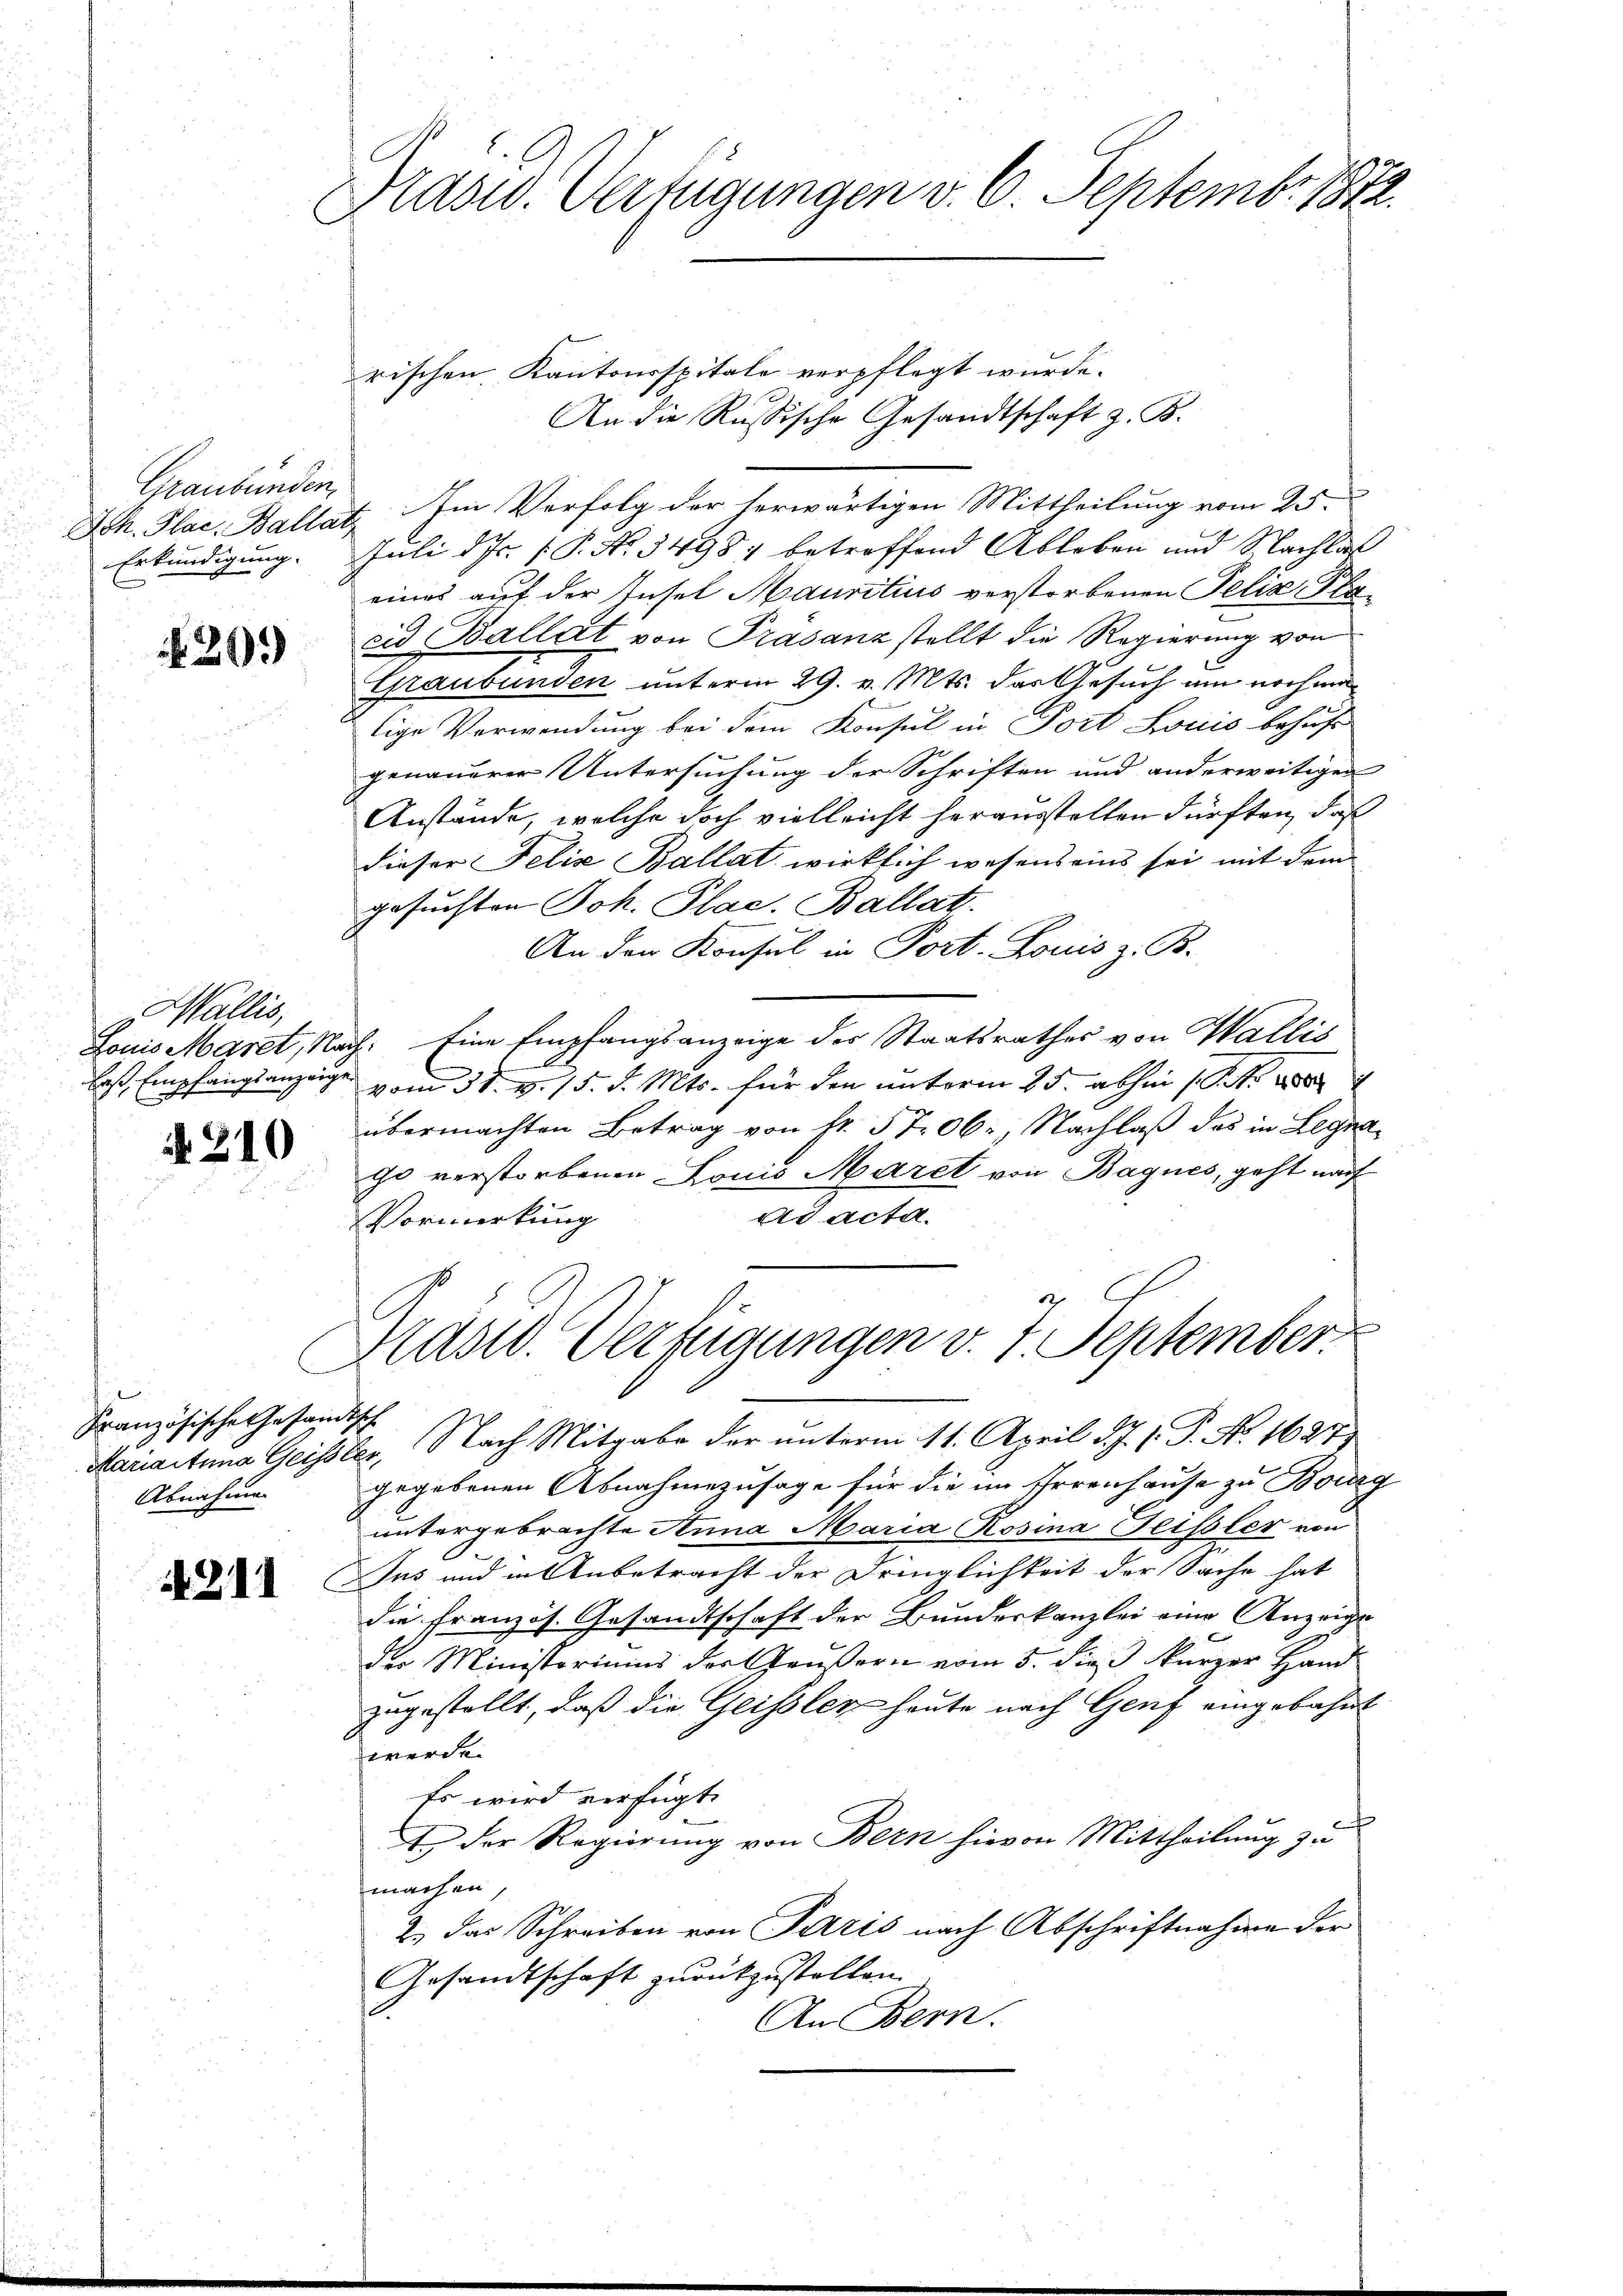
Graubünden,
Ich. Plac. Balla
Erkundigung.

N 20.

Wallis,
Louis Maret, Nac
baß, Empfangsanzeuge

N 310

C
Französische Gesam
Mariaitung Geisse
Abnahme.

1211

Prasw. Verfügungen v. 6. Septemb. 1872.
e

rischen Kantonsspitale verpflegt wurde.
An die Russische Gesandtschaft z. B.
Im Verfolg der herwärtigen Mittheilung vom 25.
Juli d. Js. P. No. 3498 betreffend Ableben und Nachlaß
eines auf der Insel Mauritius verstorbenen Pelia, Placid Ballat von Prasanz stellt die Regierung von
Graubünden unterm 29. v. Mts. das Gesuch um nochmab
tige Verwendung bei dem Konsul in Port Louis behuf
genauerer Untersuchung der Schriften und anderweitigen
Anstände, welche doch vielleicht herausstellen dürften, daß
dieser Felix Ballat wirklich wesens eins sei mit dem
gesuchten Joh. Plac. Ballat.
An den Konsul in Port. Louis z. B.
: Eine Empfangsanzeige des Staatsrathes von Wallis
vom 31. v. 15. d. Mts. für den unterm 25. abhin 1. No 180
übermachten Betrag von fr. 5706, Nachlaß das in Legago verstorbenen Louis Maret von Bagnes, geht nach
ad acta.
Vormerkung
e
Käsid. Verzigungen v. 7 September
s
2. Nach Mitgabe der unterm 11. April d. J. J. P. No. 1627)
gegebenen Abnahmezusage für die im Errenhause zu Bourg
untergebrachte Anna Maria Rosina Geissler von
Ius und in Anbetracht der Dringlichkeit der Sache hat
die französ. Gesandtschaft der Bundeskanzlei eine Anzeige
der Ministeriums der Gaußern vom 5. dieß kurzer Hand
zugestellt, daß die Geissler heute nach Genf eingebahnt
werde.
Es wird verfügt:
¬
t der Regierung von Bern hievon Mittheilung zu
machen,
2. das Schreiben von Paris nach Abschriftnahme der
Arsandtschaft zurückzustellen.
.
An Bern.